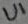
Text: U1